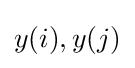
y(i),y(j)